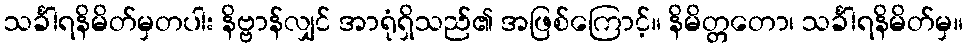
သင်္ခါရနိမိတ်မှတပါး နိဗ္ဗာန်လျှင် အာရုံရှိသည်၏ အဖြစ်ကြောင့်။ နိမိတ္တတော၊ သင်္ခါရနိမိတ်မှ။